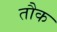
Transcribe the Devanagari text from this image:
तौक